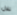
تلال